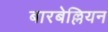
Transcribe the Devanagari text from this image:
बारबेल्लियन